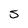
Character: s